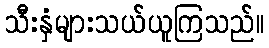
သီးနှံများသယ်ယူကြသည်။